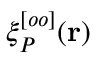
\xi _ { P } ^ { [ o o ] } ( \mathbf { r } )